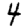
Digit: 4